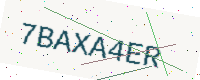
Text: 7BAXA4ER